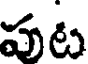
పుట